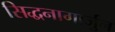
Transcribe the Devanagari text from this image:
सिद्धनागार्जुन